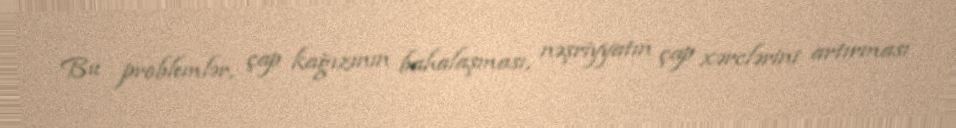
Bu problemlər, çap kağızının bahalaşması, nəşriyyatın çap xərclərini artırması